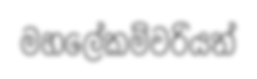
මහලේකම්වරියත්